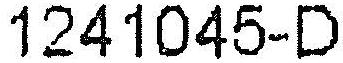
1241045-D